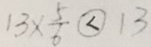
1 3 \times \frac { 5 } { 6 } < 1 3